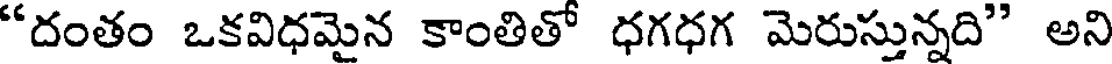
"దంతం ఒకవిధమైన కాంతితో ధగధగ మెరుస్తున్నది" అని